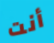
أنت